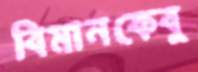
বিমানকেবু